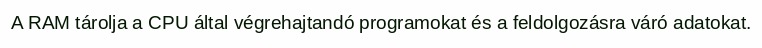
A RAM tárolja a CPU által végrehajtandó programokat és a feldolgozásra váró adatokat.